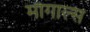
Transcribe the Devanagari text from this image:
मोगाल्स